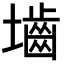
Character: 𪤭